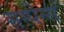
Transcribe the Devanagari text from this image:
सस्पेन्स